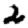
Digit: 2